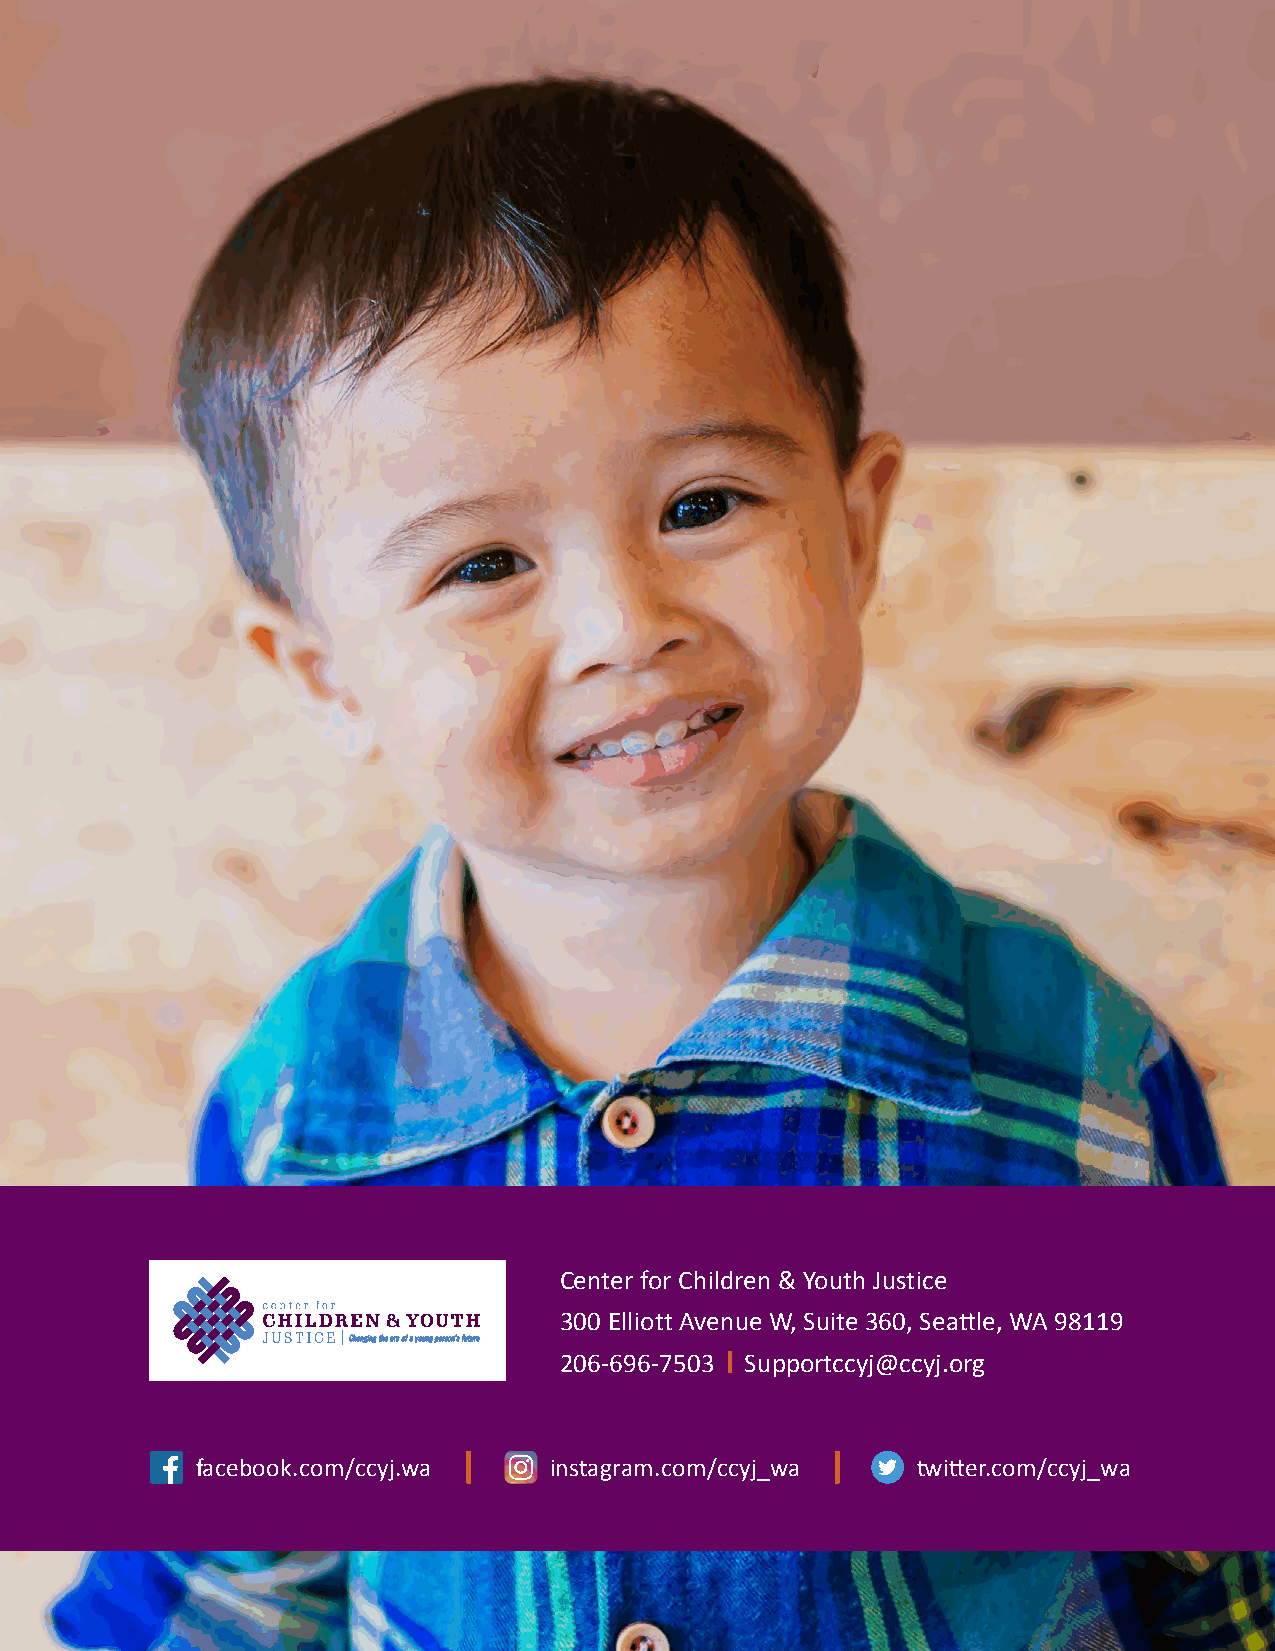
Center for Children & Youth Justice
 300 Elliott Avenue W, Suite 360, Seattle, WA 98119
 CChhaannggiinngg tthhee aarrcc ooff aa yyoouunngg ppeerrssoonn’’ss ffuuttuurree
 206-696-7503 Supportccyj@ccyj.org
 facebook.com/ccyj.wa   instagram.com/ccyj_wa    twitter.com/ccyj_wa